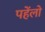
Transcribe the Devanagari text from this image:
पहेंलो